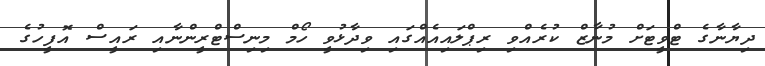
ދިޔާނާގެ ޓްވީޓަށް މުނާޒް ކުރެއްވި ރިޕްލައިއެއްގައި ވިދާޅުވީ ހޯމް މިނިސްޓްރީންނާއި ރައީސް އޮފީހުގެ